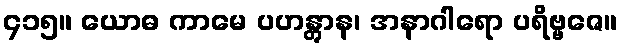
၄၁၅။ ယောဓ ကာမေ ပဟန္တွာန၊ အနာဂါရော ပရိဗ္ဗဇေ။